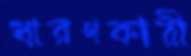
ধারণকারী